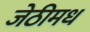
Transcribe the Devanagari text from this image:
जेठीमध